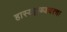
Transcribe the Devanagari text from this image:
हास्यक्लब्जवरचा